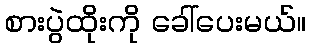
စားပွဲထိုးကို ခေါ်ပေးမယ်။